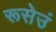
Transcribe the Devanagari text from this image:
रूसेउं